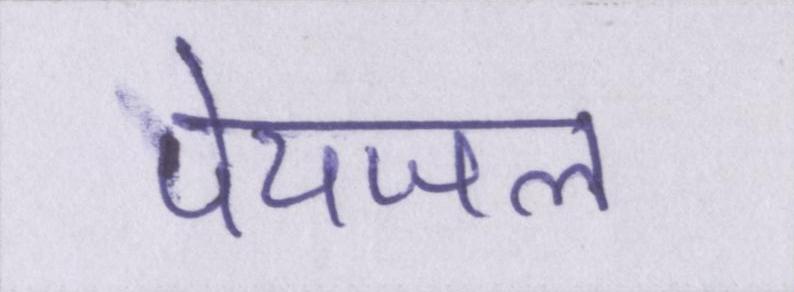
पेयजल